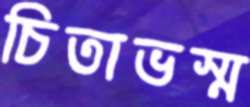
চিতাভস্ম